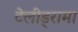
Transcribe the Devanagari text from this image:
टेलीड्रामा